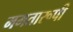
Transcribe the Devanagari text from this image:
ममतारूपी